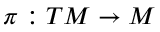
\pi : T M \rightarrow M